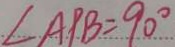
\angle A P B = 9 0 ^ { \circ }